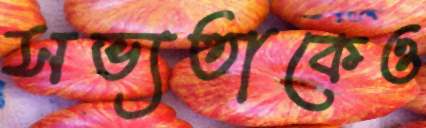
সভ্যতাকেও